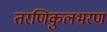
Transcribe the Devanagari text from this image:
तरणिकुलभरण